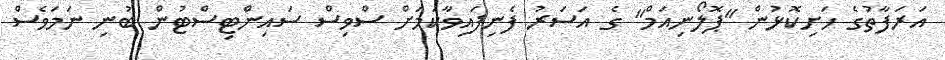
އަރަފާތުގެ ހަށިކޮޅުން "ޕޮލޯނިއަމް" ގެ އަސަރު ފެނިފައިވާކަމަށް ސްވިސް ސައިންޓިސްޓުން ބުނި ނަމަވެސް